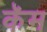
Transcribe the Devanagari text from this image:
कॅम